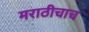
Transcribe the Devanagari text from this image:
मराठीचाच